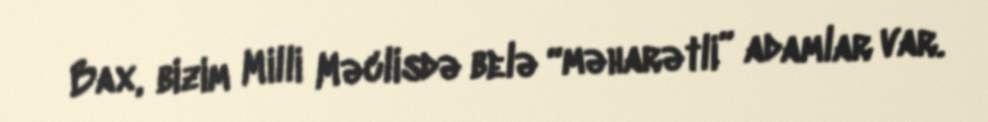
Bax, bizim Milli Məclisdə belə “məharətli” adamlar var.